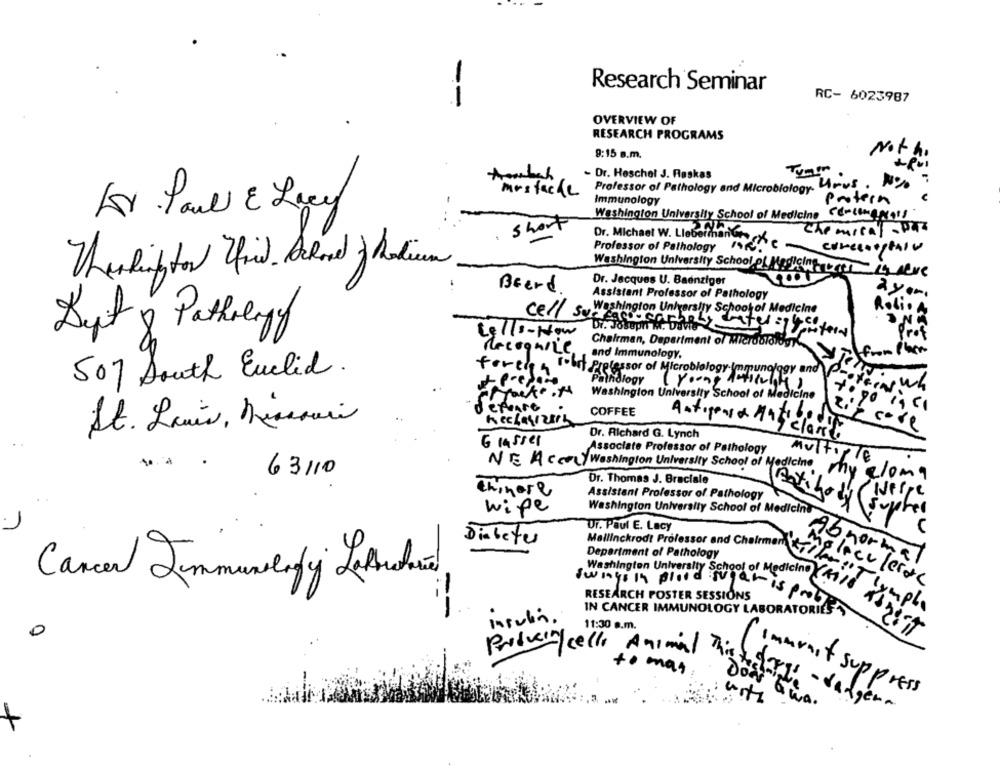
Research Seminar
RC- 6023987
--
OVERVIEW OF
RESEARCH PROGRAMS
9:15 a.m.
Not h.
- Dr. Heschel J. Raskas
Ambach
mustache
Professor of Pathology and Microbiology. Prus .
protern
Immunology
Washington University School of Medicine "EmcimaMots
short
Chemical -paz
Dr. Michael W. Liebermanune Xe
Professor of Pathology
Washington University School of Medicine, we Are
Dr. Jacques U. Baenziger
Beerd
Assistant Professor of Pathology
ayon
Washington University Schoolof Medicine
Rolig A
ON
Syt & Pathology
Cell :- Now
cell surfacucarhely entergyaster
Prof
Chairman, Department of Microbiology
Recognize
and Immunology.
from Plem
forcing
507 South Euclid.
rohit Prelessor of Microbiology Immunology and
Pathology
( Young Antich4)
kinwh
Washington University School of Medicine
0
defense .
COFFEE
St. Louis, Missouri
hechasizers
Antigensa Matico
Dr. Richard G. Lynch
classe
Glasses
Associate Professor of Pathology
Multiple
NE Aco/ Washington University School of Medicine
63110
my eloma
Dr. Thomas J. Braciale
Thinore
Assistant Professor of Pathology
6
Nerpe
Antibody
wife
Washington University School of Medicine
Supper
7
Dr. Paul E. Lacy
Diabetes
Department of Pathology
Abnormal
Cancer Jimmunology Laroute
wingsleur school of Medicine(
Washington University school
Moleculerate
RESEARCH POSTER SESSIONS
--
IN CANCER IMMUNOLOGY LABORATORIES
Mallinckrodt Professor and Chalmen zer : lympho
- is problem
Insulin.
11:30 a.m.
0
Krist
Producing cello Animal
to mat
immunit suppress
Thistedorgs - dadgern
DON Gwa.